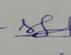
Signature authenticity: genuine